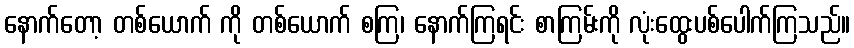
နောက်တော့ တစ်ယောက် ကို တစ်ယောက် စကြ၊ နောက်ကြရင်း စာကြမ်းကို လုံးထွေးပစ်ပေါက်ကြသည်။